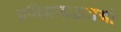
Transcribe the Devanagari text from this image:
प्रतिज्ञाबद्धताओं